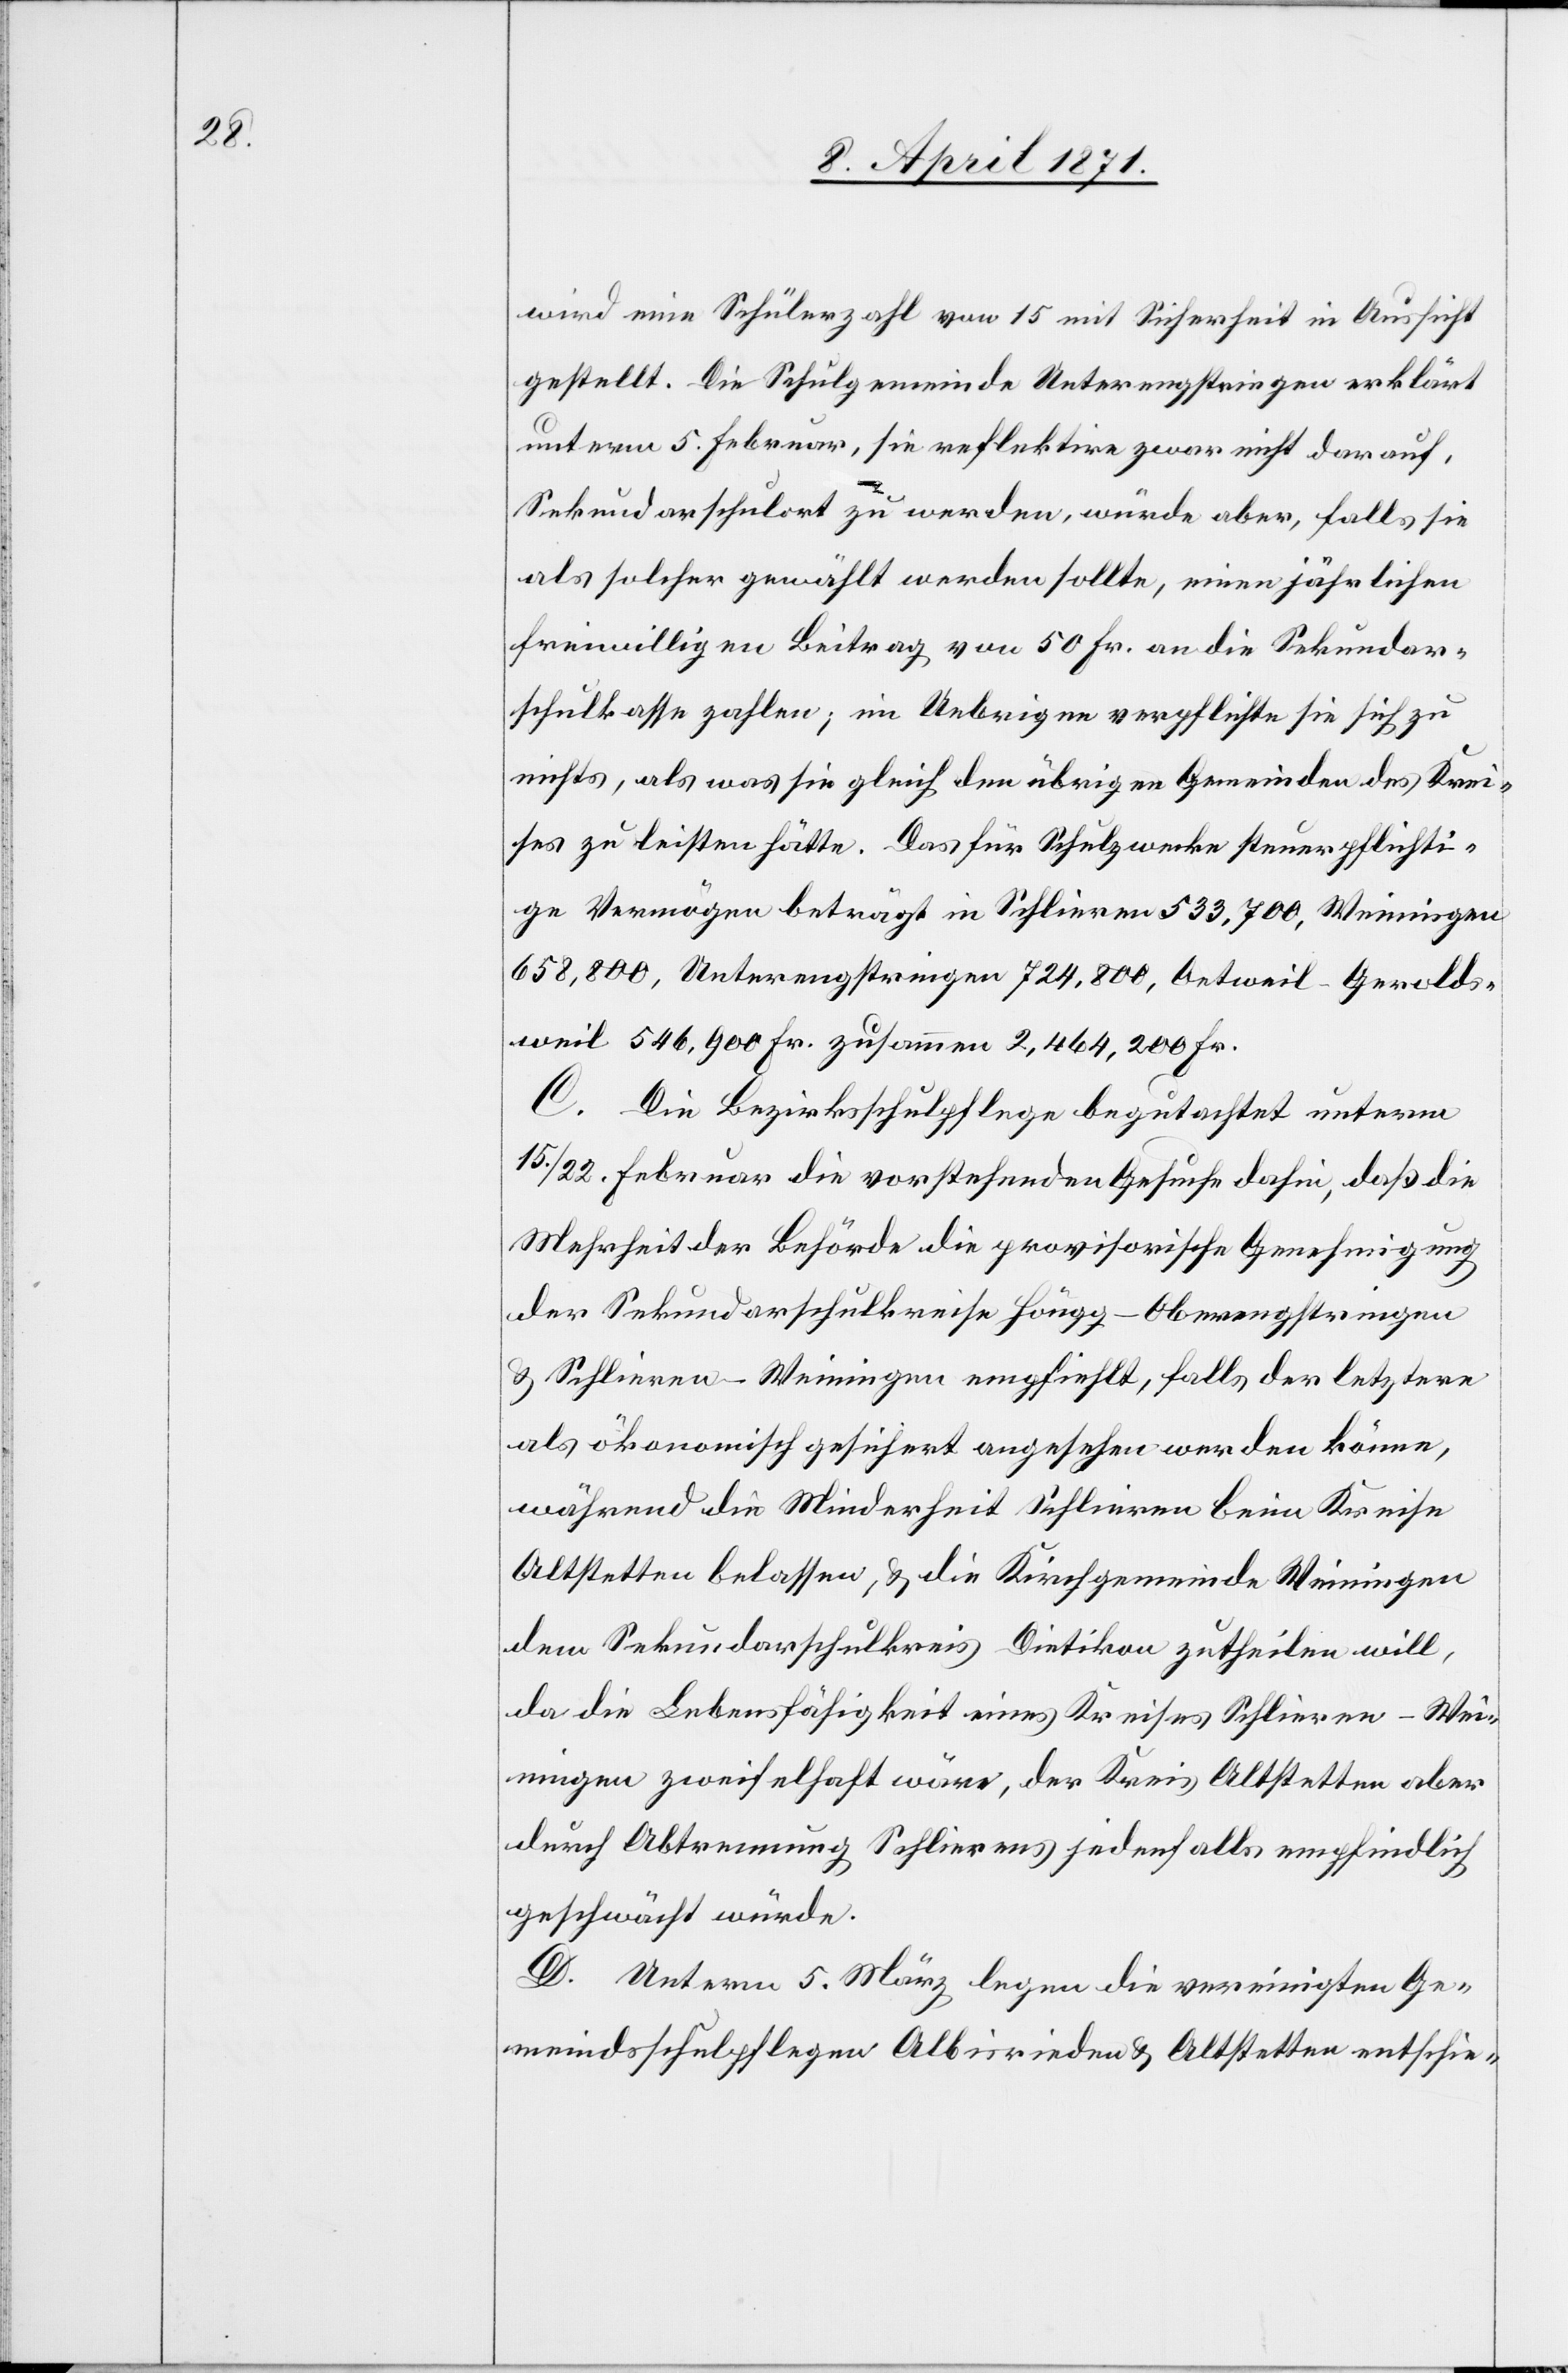
wird eine Schülerzahl von 15 mit Sicherheit in Aussicht
gestellt. Die Schulgemeinde Unterengstringen erklärt
unterm 5. Februar, sie reflektire zwar nicht darauf,
Sekundarschulort zu werden, würde aber, falls sie
als solcher gewählt werden sollte, einen jährlichen
freiwilligen Beitrag von 50 Fr. an die Sekundar¬
schulkasse zahlen; im Uebrigen verpflichte sie sich zu
nichts, als was sie gleich den übrigen Gemeinden des Krei¬
ses zu leisten hätte. Das für Schulzwecke steuerpflichti¬
ge Vermögen beträgt in Schlieren 533,700, Weiningen
658,800, Unterengstringen 724,800, Oetweil-Gerolds¬
weil 546,900 Fr. zusammen 2,464,200 Fr.
C. Die Bezirksschulpflege begutachtet unterm
15. / 22. Februar die vorstehenden Gesuche dahin, daß die
Mehrheit der Behörde die provisorische Genehmigung
der Sekundarschulkreise Höngg-Oberengstringen
u. Schlieren-Weinigen empfiehlt, falls der letztere
als ökonomisch gesichert angesehen werden könne,
während die Minderheit Schlieren beim Kreise
Altstetten belassen, u. die Kirchgemeinde Weinigen
dem Sekundarschulkreis Dietikon zutheilen will,
da die Lebensfähigkeit eines Kreises Schlieren-Wei¬
ningen zweifelhaft wäre, der Kreis Altstetten aber
durch Abtrennung Schlierens jedenfalls empfindlich
geschwächt würde.
D. Unterm 5. März legen die vereinigten Ge¬
meindsschulpflegen Albisrieden u. Altstetten entschie-